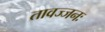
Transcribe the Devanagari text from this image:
तावज्जनः